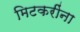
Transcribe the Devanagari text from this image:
मिटकरींना